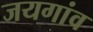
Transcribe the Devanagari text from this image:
जयगांव